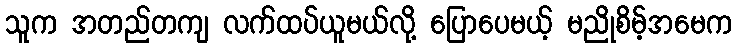
သူက အတည်တကျ လက်ထပ်ယူမယ်လို့ ပြောပေမယ့် မညိုစိမ့်အမေက